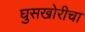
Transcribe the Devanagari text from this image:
घुसखोरीचा